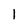
Character: l